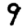
Digit: 9